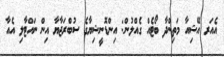
އެއަރ އޭޝިއާ މަތިންދާ ބޯޓެއް ގެއްލުން: އިންޑޮނީޝިޔާގެ ސުބްރަޖާޔާ އިން ނައްޓާލި އެއާ